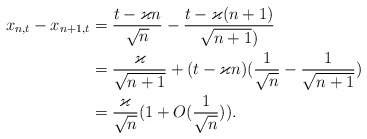
\begin{align*}x_{n,t}-x_{n+1,t}&=\frac{t-\varkappa n}{\sqrt{n}}-\frac{t-\varkappa (n+1)}{\sqrt{n+1})}\\ &=\frac{\varkappa}{\sqrt{n+1}}+(t-\varkappa n)(\frac1{\sqrt{n}}-\frac1{\sqrt{n+1}})\\ &=\frac{\varkappa}{\sqrt{n}}(1+ O(\frac1{\sqrt n})).\end{align*}